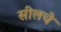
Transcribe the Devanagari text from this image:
सीलचे